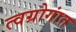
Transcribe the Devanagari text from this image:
त्वग्रोगांत